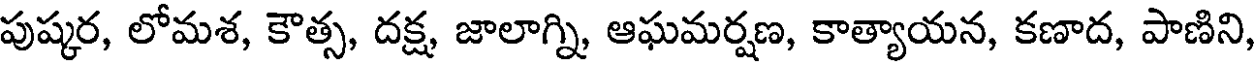
పుష్కర, లోమశ, కౌత్స, దక్ష, జాలాగ్ని, ఆఘమర్షణ, కాత్యాయన, కణాద, పాణిని,